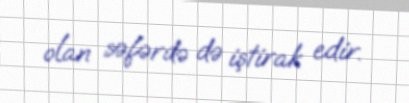
olan səfərdə də iştirak edir.